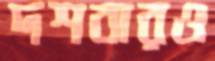
দশবারও